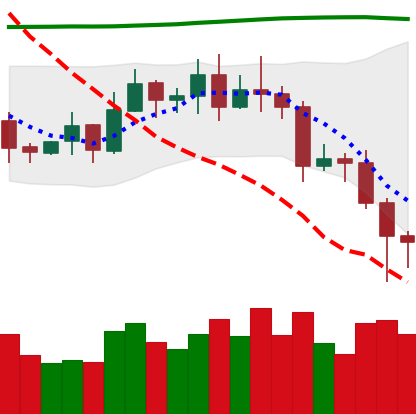
Ticker: EOS-USD
Chart end date: 2020-11-04
Forward return: 6.387%
Label: up_5_7